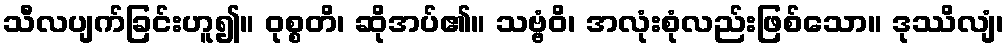
သီလပျက်ခြင်းဟူ၍။ ဝုစ္စတိ၊ ဆိုအပ်၏။ သဗ္ဗံဝိ၊ အလုံးစုံလည်းဖြစ်သော။ ဒုဿိလျံ၊